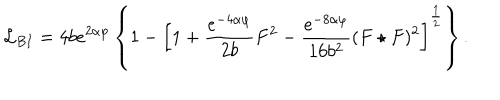
{ \cal L } _ { B I } = 4 b e ^ { 2 \alpha \varphi } \left\{ 1 - \left[ 1 + \frac { e ^ { - 4 \alpha \varphi } } { 2 b } F ^ { 2 } - \frac { e ^ { - 8 \alpha \varphi } } { 1 6 b ^ { 2 } } ( F \star F ) ^ { 2 } \right] ^ { \frac { 1 } { 2 } } \right\} .